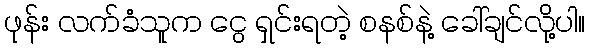
ဖုန်း လက်ခံသူက ငွေ ရှင်းရတဲ့ စနစ်နဲ့ ခေါ်ချင်လို့ပါ။